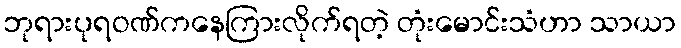
ဘုရားပုရဝဏ်ကနေကြားလိုက်ရတဲ့ တုံးမောင်းသံဟာ သာယာ